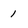
Character: 1